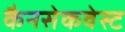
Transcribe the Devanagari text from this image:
कैनसेकवेस्ट